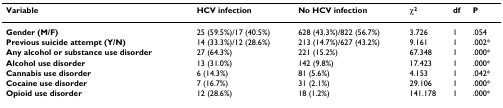
<table><thead><tr><td><b>Variable</b></td><td><b>HCV infection</b></td><td><b>No HCV infection</b></td><td><b>χ<sup>2</sup></b></td><td><b>df</b></td><td><b>P</b></td></tr></thead><tbody><tr><td><b>Gender (M/F)</b></td><td>25 (59.5%)/17 (40.5%)</td><td>628 (43.3%)/822 (56.7%)</td><td>3.726</td><td>1</td><td>.054</td></tr><tr><td><b>Previous suicide attempt (Y/N)</b></td><td>14 (33.3%)/12 (28.6%)</td><td>213 (14.7%)/627 (43.2%)</td><td>9.161</td><td>1</td><td>.002*</td></tr><tr><td><b>Any alcohol or substance use disorder</b></td><td>27 (64.3%)</td><td>221 (15.2%)</td><td>67.348</td><td>1</td><td>.000*</td></tr><tr><td><b>Alcohol use disorder</b></td><td>13 (31.0%)</td><td>142 (9.8%)</td><td>17.423</td><td>1</td><td>.000*</td></tr><tr><td><b>Cannabis use disorder</b></td><td>6 (14.3%)</td><td>81 (5.6%)</td><td>4.153</td><td>1</td><td>.042*</td></tr><tr><td><b>Cocaine use disorder</b></td><td>7 (16.7%)</td><td>31 (2.1%)</td><td>29.106</td><td>1</td><td>.000*</td></tr><tr><td><b>Opioid use disorder</b></td><td>12 (28.6%)</td><td>18 (1.2%)</td><td>141.178</td><td>1</td><td>.000*</td></tr></tbody></table>